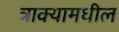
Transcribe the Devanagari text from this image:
त्राक्यामधील